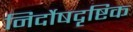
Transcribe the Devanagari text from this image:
निर्दोषदृष्टिक